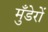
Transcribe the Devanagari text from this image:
मुँडेरों